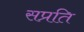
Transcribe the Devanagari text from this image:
सप्रति